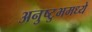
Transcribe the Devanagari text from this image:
अनुष्टुभमध्ये